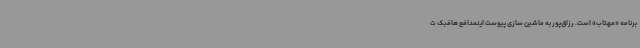
برنامه «مهتاب» است. رزاق‌پور به ماشین سازی پیوست اینمدافع هافبک ت